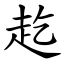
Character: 䞘